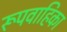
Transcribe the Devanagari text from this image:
रूपवाहिका